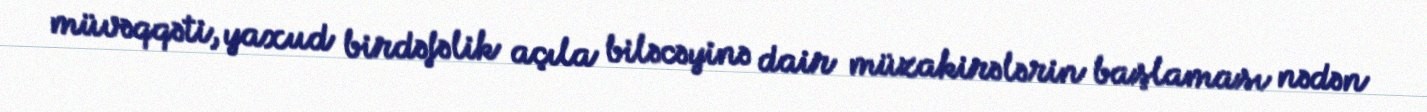
müvəqqəti, yaxud birdəfəlik açıla biləcəyinə dair müzakirələrin başlaması nədən